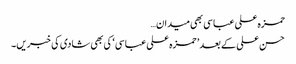
حمزہ علی عباسی بھی میدان…
حسن علی کے بعد ’ حمزہ علی عباسی ‘ کی بھی شادی کی خبریں۔